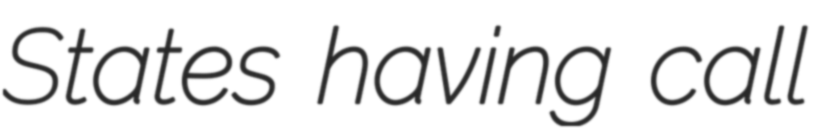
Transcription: States having call